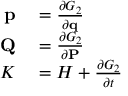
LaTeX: \begin{array} { r l } { \mathbf { p } } & { { } = { \frac { \partial G _ { 2 } } { \partial \mathbf { q } } } } \\ { \mathbf { Q } } & { { } = { \frac { \partial G _ { 2 } } { \partial \mathbf { P } } } } \\ { K } & { { } = H + { \frac { \partial G _ { 2 } } { \partial t } } } \end{array}